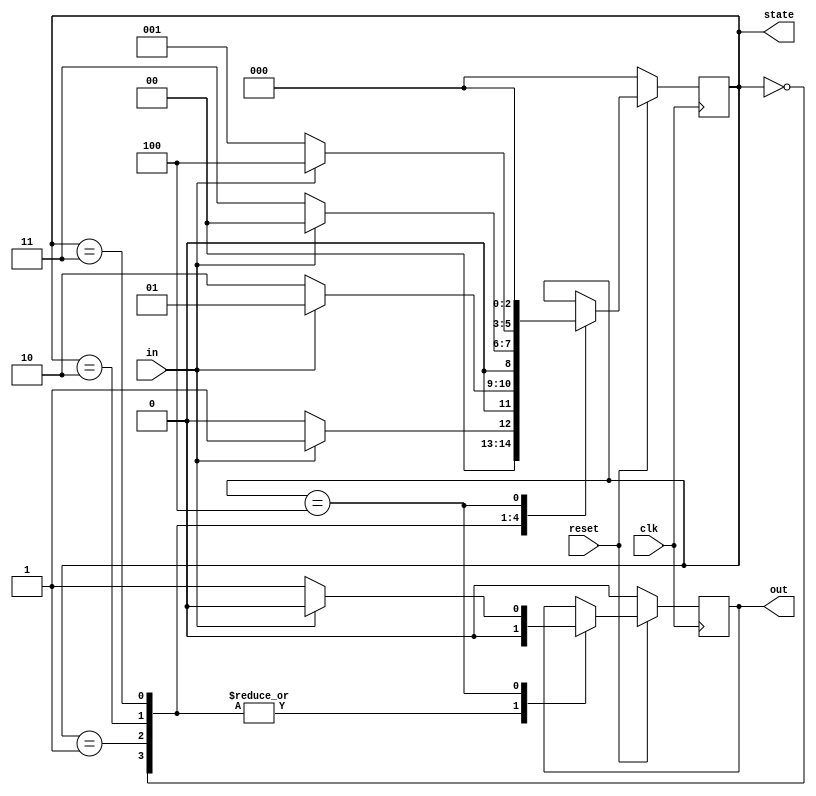
`timescale 1ns / 1ps


module fsm_exercise(clk, in,reset, out,state);

input clk, in,reset;
output out;
output[2:0] state;

reg [2:0] state;
reg out;

parameter Reset=3'b000;
parameter Q1=3'b001;
parameter Q2=3'b010;
parameter Q3=3'b011;
parameter Q4=3'b100;

always @(posedge clk)
	begin
	if(reset==0)
		begin
			state<=Reset;
			out<=0;
		end
	else
		case(state)
		Reset:
			if(in)
				begin
					state<=Q1;
					out<=0;
				end
			else
				begin
					state<=Reset;
					out<=0;
				end
		Q1:
			if(!in)
				begin
					state<=Q2;
					out<=0;
				end
			else
				begin
					state<=Q1;
					out<=0;
				end
		Q2:
			if(!in)
				begin
					state<=Q3;
					out<=0;
				end
			else
				begin
					state<=Reset;
					out<=0;
				end
		Q3:
			if(in)
				begin
					state<=Q4;
					out<=0;
				end
			else
				begin
					state<=Q1;
					out<=0;
				end
		Q4:
			if(!in)
				begin
					state<=Reset;
					out<=1;
				end
			else
				begin
					state<=Reset;
					out<=0;
				end
		endcase
	end
	
endmodule